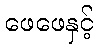
ဖေဖေနှင့်